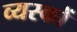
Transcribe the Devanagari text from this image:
व्‍यस्‍कों